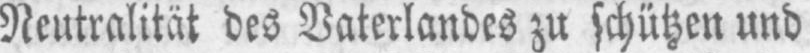
Neutralität des Vaterlandes zu schützen und